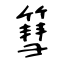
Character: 篲